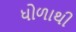
ધોળાથી